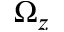
\Omega _ { z }